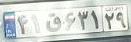
۴۱ق۶۳۱۲۹